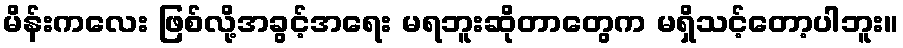
မိန်းကလေး ဖြစ်လို့အခွင့်အရေး မရဘူးဆိုတာတွေက မရှိသင့်တော့ပါဘူး။